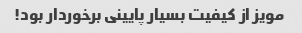
مویز از کیفیت بسیار پایینی برخوردار بود!